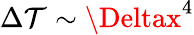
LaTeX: \Delta\mathcal{T}\sim\Deltax^{4}